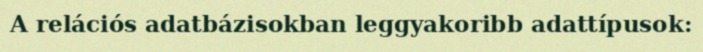
A relációs adatbázisokban leggyakoribb adattípusok: